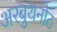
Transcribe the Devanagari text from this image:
अरबुथनोट